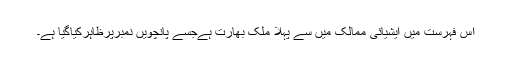
اس فہرست میں ایشیائی ممالک میں سے پہلا ملک بھارت ہےجسے پانچویں نمبرپرظاہرکیاگیا ہے۔